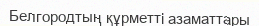
Белгородтың құрметті азаматтары